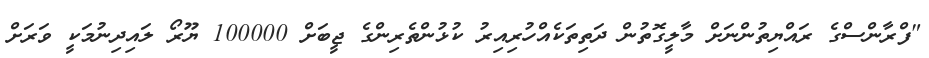
"ފްރާންސްގެ ރައްޔިތުންނަށް މާލީގޮތުން ދަތިތަކެއްހުރިއިރު ކުޅުންތެރިންގެ ޖީބަށް 100000 ޔޫރޯ ލައިދިނުމަކީ ވަރަށް